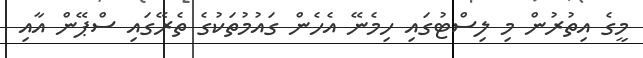
މީގެ އިތުރުން މި ލިސްޓުގައި ހިމެނޭ އެހެން ގައުމުތަކުގެ ތެރޭގައި ސްޕޭން އާއި